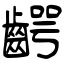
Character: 齶